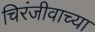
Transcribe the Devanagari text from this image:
चिरंजीवाच्या